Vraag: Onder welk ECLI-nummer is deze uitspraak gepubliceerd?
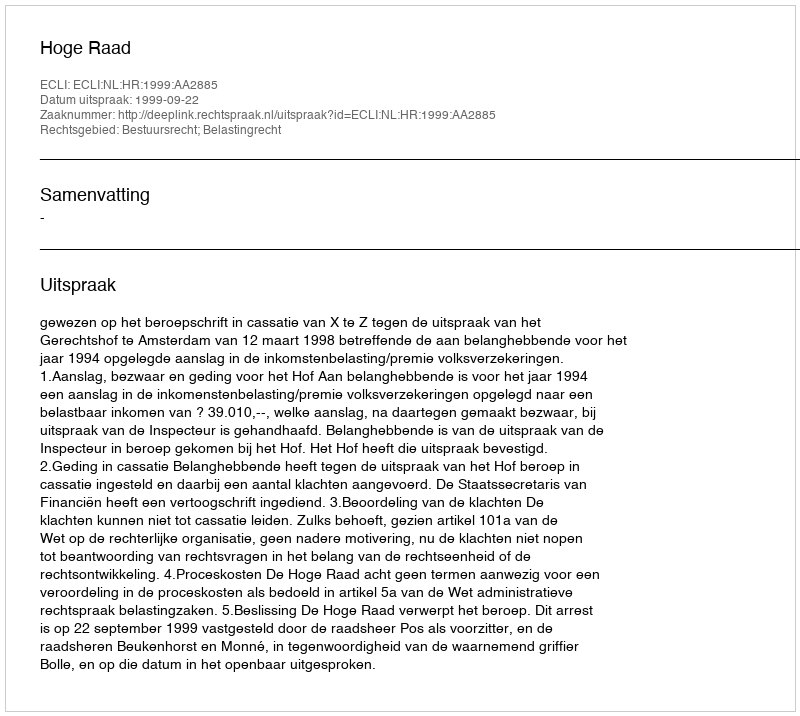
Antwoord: ECLI:NL:HR:1999:AA2885